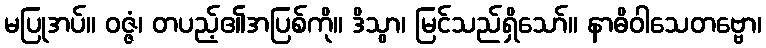
မပြုအပ်။ ဝဇ္ဇံ၊ တပည့်၏အပြစ်ကို။ ဒိသွာ၊ မြင်သည်ရှိသော်။ နာဓိဝါသေတဗ္ဗော၊